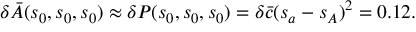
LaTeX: \delta \bar { A } ( s _ { 0 } , s _ { 0 } , s _ { 0 } ) \approx \delta P ( s _ { 0 } , s _ { 0 } , s _ { 0 } ) = \delta \bar { c } ( s _ { a } - s _ { A } ) ^ { 2 } = 0 . 1 2 .